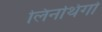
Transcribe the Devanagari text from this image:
लिनथिगो